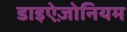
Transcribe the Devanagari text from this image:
डाइऐज़ोनियम